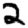
Digit: 2